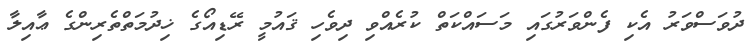
ދުވަސްވަރު އެކި ފެންވަރުގައި މަސައްކަތް ކުރެއްވި ދިވެހި ޤައުމީ ރޭޑިއޯގެ ޚިދުމަތްތެރިންގެ ޢާއިލާ